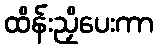
ထိန်းညှိပေးကာ